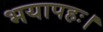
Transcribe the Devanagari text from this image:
भयापहः।